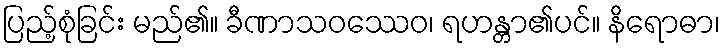
ပြည့်စုံခြင်း မည်၏။ ခီဏာသဝဿေဝ၊ ရဟန္တာ၏ပင်။ နိရောဓာ၊